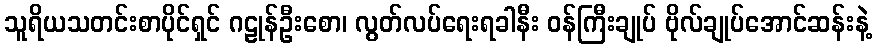
သူရိယသတင်းစာပိုင်ရှင် ဂဠုန်ဦးစော၊ လွတ်လပ်ရေးရခါနီး ဝန်ကြီးချုပ် ဗိုလ်ချုပ်အောင်ဆန်းနဲ့